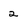
Character: 2